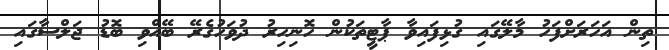
ތިން އަހަރަށްފަހު މާލޭގައި ގުޅިފައިވާ ޕާޓީތަކުން ހޮނިހިރު ދުވަހުގެރޭ ބޭއްވި ބޮޑު ޖަލްސާގައި